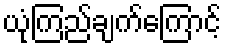
ယုံကြည်ချက်ကြောင့်